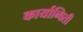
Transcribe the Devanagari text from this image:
कार्यान्विती